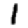
Digit: 1